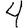
Digit: 4